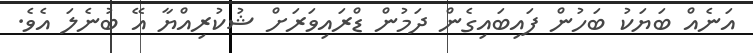
އަނެއް ބަޔަކު ބަހުން ފައިބައިގެން ދަމުން ޑްރައިވަރަށް ޝުކުރިއްޔާ އޭ ބުނެލަ އެވެ.